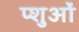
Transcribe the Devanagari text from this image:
प्शुओं